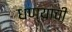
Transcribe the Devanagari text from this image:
धण्याची